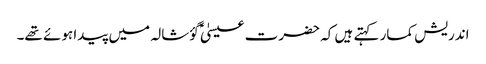
اندریش کمار کہتے ہیں کہ حضرت عیسیٰؑ گؤشالہ میں پیدا ہوئے تھے۔